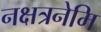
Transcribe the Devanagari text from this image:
नक्षत्रनेमि